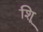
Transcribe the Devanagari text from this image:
शूि